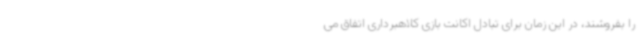
را بفروشند، در این زمان برای تبادل اکانت بازی کلاهبرداری اتفاق می